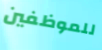
للموظفين